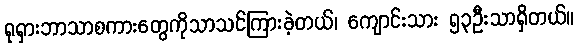
ရုရှားဘာသာစကားတွေကိုသာသင်ကြားခဲ့တယ်၊ ကျောင်းသား ၅၃ဦးသာရှိတယ်။